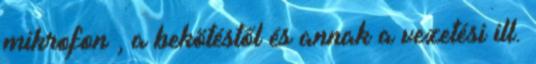
mikrofon , a bekötéstől és annak a vezetési ill.